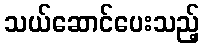
သယ်ဆောင်ပေးသည့်